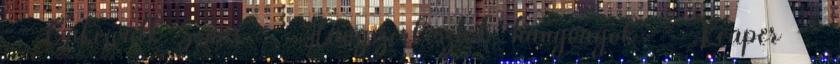
-- Cakewalk Sonar -- Hangszerkesztők, hangvágók -- Reaper --